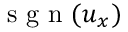
\mathrm { ~ s ~ g ~ n ~ } ( u _ { x } )